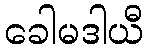
ခေါမဒါယီ